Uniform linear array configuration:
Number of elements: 8
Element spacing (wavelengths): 0.5
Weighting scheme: binomial
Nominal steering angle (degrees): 0
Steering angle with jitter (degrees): -1.241
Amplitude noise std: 0.05
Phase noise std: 0.05

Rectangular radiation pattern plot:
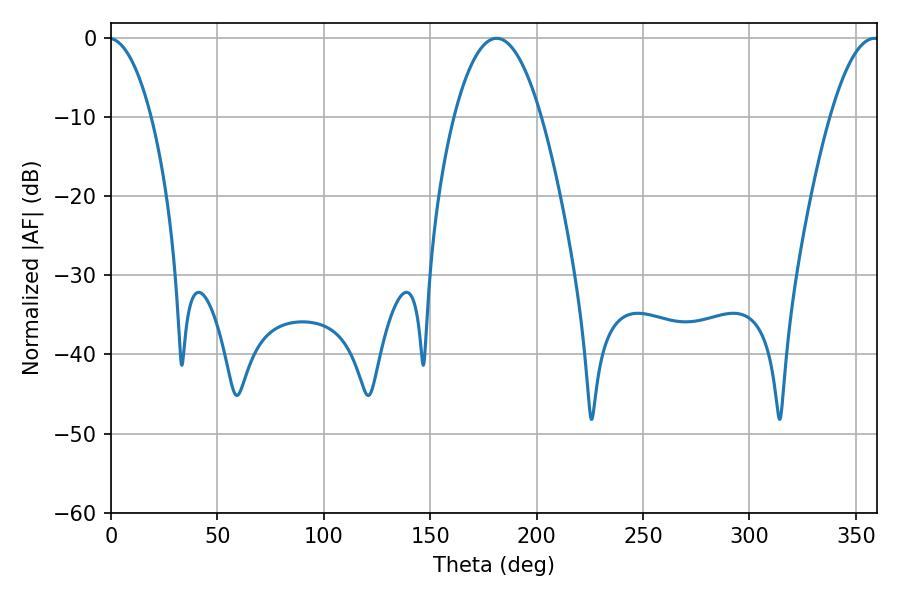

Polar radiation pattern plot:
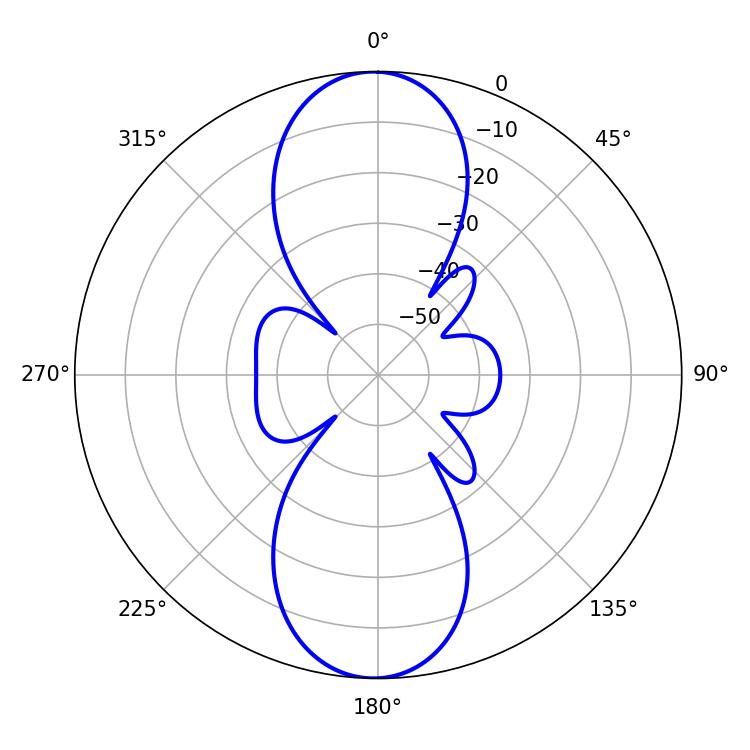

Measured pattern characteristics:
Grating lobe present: FALSE
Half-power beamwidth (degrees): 22.5
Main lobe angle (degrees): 181.26